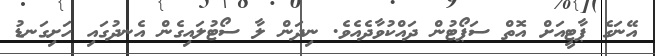
އޭނަގެ ޕާޓީއަށް އޮތް ސަޕޯޓުން ދައްކުވާދެއެވެ. ނިދަން ލާ ސޯޓުލައިގެން އެނދުގައި ހަށިގަނޑު